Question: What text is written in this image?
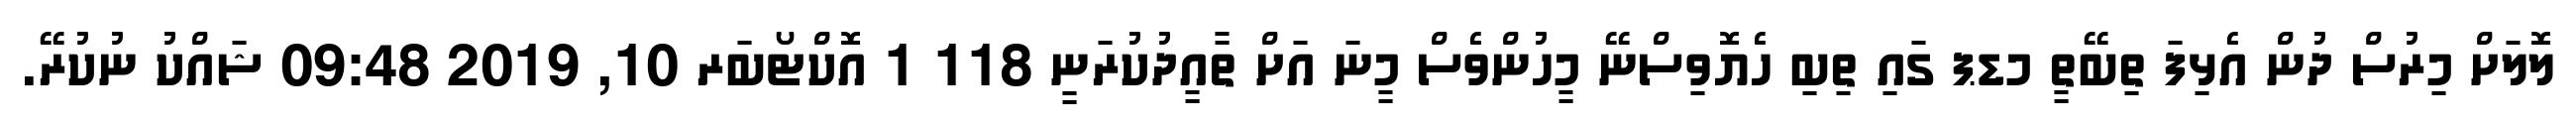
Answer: ލޮލަށް މިރުސް ދުން އެޅިފަ ތިބޭތީ މޑޕ ގައި ތިބި ހެޔޮވިސްނޭ މީހުންވެސް މީނަ އަށް ތާއީދުކުރަނީ 118 1 އޮކްޓޯބަރ 10, 2019 09:48 ޝައްކު ނުކުރޭ.